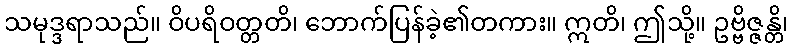
သမုဒ္ဒရာသည်။ ဝိပရိဝတ္တတိ၊ ဘောက်ပြန်ခဲ့၏တကား။ ဣတိ၊ ဤသို့။ ဥဗ္ဗိဇ္ဇန္တိ၊